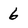
Character: 6